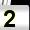
Digit: 2